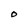
Character: O